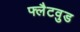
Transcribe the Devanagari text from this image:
फ्लैटवुड